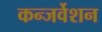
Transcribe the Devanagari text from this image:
कन्जर्वेशन